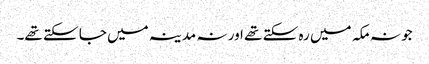
جو نہ مکہ میں رہ سکتے تھے اور نہ مدینہ میں جا سکتے تھے۔